Malaria in the Punjab - Number 46
Disease focus: Malaria
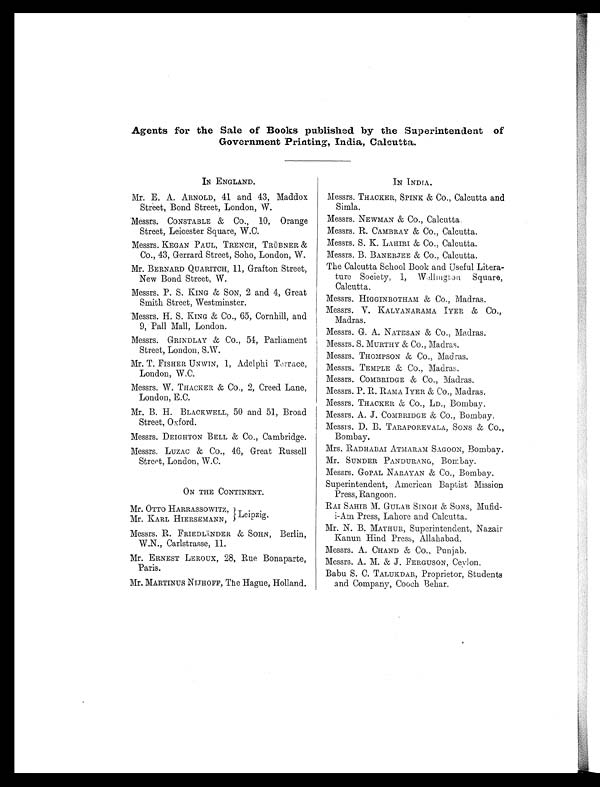
Agents for the Sale of Books published by the Superintendent of
Government Printing, India, Calcutta.
IN ENGLAND.
Mr. E. A. ARNOLD, 41 and 43, Maddox
Street, Bond Street, London, W.
Messrs. CONSTABLE & Co., 10, Orange
Street, Leicester Square, W.C.
Messrs. KEGAN PAUL, TRENCH, TRÜBNER &
Co., 43, Gerrard Street, Soho, London, W.
Mr. BERNARD QUARITCH, 11, Grafton Street,
New Bond Street, W.
Messrs. P. S. KING & SON, 2 and 4, Great
Smith Street, Westminster.
Messrs. H. S. KING & Co., 65, Cornhill, and
9, Pall Mall, London.
Messrs. GRINDLAY & Co., 54, Parliament
Street, London, S.W.
Mr. T. FISHER UNWIN, 1, Adelphi Terrace,
London, W.C.
Messrs. W. THACKER & Co., 2, Creed Lane,
London, E.C.
Mr. B. H. BLACKWELL, 50 and 51, Broad
Street, Oxford.
Messrs. DEIGHTON BELL & Co., Cambridge.
Messrs. LUZAC & Co., 46, Great Russell
Street, London, W.C.
ON THE CONTINENT.
Mr. OTTO HARRASSOWITZ,
Mr. KARL HIERSEMANN,
Leipzig.
Messrs. R. FRIEDLÄNDER & SOHN, Berlin,
W.N., Carlstrasse, 11.
Mr. ERNEST LEROUX, 28, Rue Bonaparte,
Paris.
Mr. MARTINUS NIJHOFF, The Hague, Holland.
IN INDIA.
Messrs. THACKER, SPINK & Co., Calcutta and
Simla.
Messrs. NEWMAN & Co., Calcutta.
Messrs. R. CAMBRAY & Co., Calcutta.
Messrs. S. K. LAHIRI & Co., Calcutta.
Messrs. B. BANERJEE & Co., Calcutta.
The Calcutta School Book and Useful Litera-
ture Society, 1, Wellington Square,
Calcutta.
Messrs. HIGGINBOTHAM & CO., Madras.
Messrs. V. KALYANARAMA IYER & CO.,
Madras.
Messrs. G. A. NATESAN & Co., Madras.
Messrs. S. MURTHY & Co., Madras.
Messrs. THOMPSON & Co., Madras.
Messrs. TEMPLE & Co., Madras.
Messrs. COMBRIDGE & Co., Madras.
Messrs. P. R. RAMA IYER & Co., Madras.
Messrs. THACKER & Co., LD., Bombay
.
Messrs. A. J. COMBRIDGE & CO., Bombay
.
Messrs. D. B. TARAPOREVALA, SONS & Co.,
Bombay.
Mrs. RADHABAI ATMARAM SAGOON, Bombay.
Mr. SUNDER PANDURANG, Bombay.
Messrs. GOPAL NARAYAN & Co., Bombay.
Superintendent, American Baptist Mission
Press, Rangoon.
RAI SAHIB M. GULAB SINGH & SONS, Mufid-
i-Am Press, Lahore and Calcutta.
Mr. N. B. MATHUR, Superintendent, Nazair
Kanun Hind Press, Allahabad.
Messrs. A. CHAND & Co., Punjab.
Messrs. A. M. & J. FERGUSON, Ceylon.
Babu S. C. TALUKDAR, Proprietor, Students
and Company, Cooch Behar.